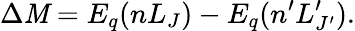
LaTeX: \Delta\mathit{M}=E_{q}(nL_{J})-E_{q}(n^{\prime}L_{J^{\prime}}^{\prime}).